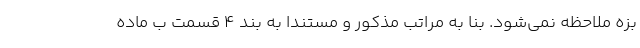
بزه ملاحظه نمی‌شود. بنا به مراتب مذکور و مستنداً به بند ۴ قسمت ب ماده